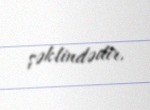
şəklindədir.